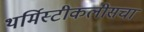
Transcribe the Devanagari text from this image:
थर्मिस्टीकलीसचा